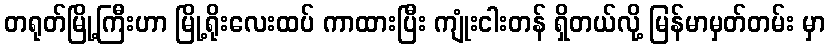
တရုတ်မြို့ကြီးဟာ မြို့ရိုးလေးထပ် ကာထားပြီး ကျုံးငါးတန် ရှိတယ်လို့ မြန်မာမှတ်တမ်း မှာ